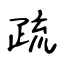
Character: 疏